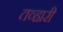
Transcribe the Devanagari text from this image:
तव्हारी